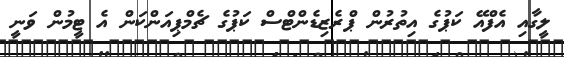
ލީގާއި އެފްއޭ ކަޕުގެ އިތުރުން ޕްރެޒިޑެންޓްސް ކަޕުގެ ޗެމްޕިއަންކަން އެ ޓީމުން ވަނީ